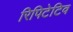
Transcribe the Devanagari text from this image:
रिपिटेटिव